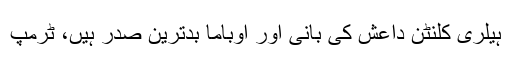
ہیلری کلنٹن داعش کی بانی اور اوباما بدترین صدر ہیں، ٹرمپ